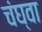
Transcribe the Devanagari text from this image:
चंघ्वा